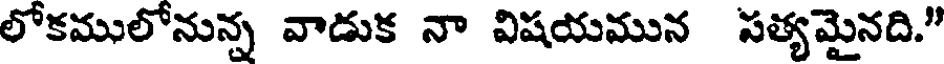
లోకములోనున్న వాడుక నా విషయమున సత్యమైనది."